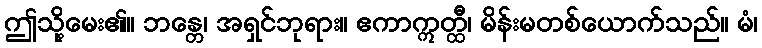
ဤသို့မေး၏။ ဘန္တေ၊ အရှင်ဘုရား။ ဧကာဣတ္ထီ၊ မိန်းမတစ်ယောက်သည်။ မံ၊